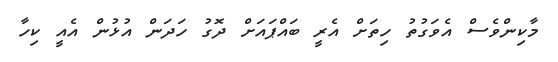
މާކިންވެސް އެވަގުތު ހިތަށް އެރީ ބައްޕައަށް ދޮގު ހަދަން އުޅުން އެއީ ކިހާ